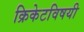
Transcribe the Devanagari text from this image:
क्रिकेटविषयी